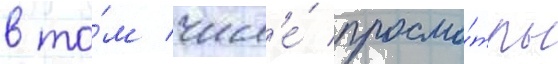
в то́м числ'е́ просмо́тры